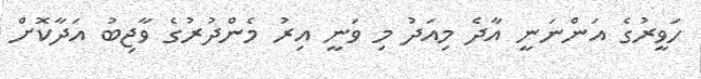
ހަވީރުގެ އަންނަނީ އާދެ މިއަދު މި ވަނީ އިރު މެންދުރުގެ ވާޖިބު އަދާކޮށް